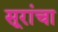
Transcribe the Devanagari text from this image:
सूरांचा